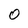
Character: 0